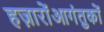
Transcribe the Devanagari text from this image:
हज़ारोंआगंतुकों